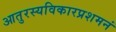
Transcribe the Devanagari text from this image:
आतुरस्यविकारप्रशमनं